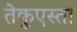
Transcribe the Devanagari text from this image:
तेकुएस्ता